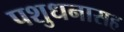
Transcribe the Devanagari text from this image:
पशुधनासह